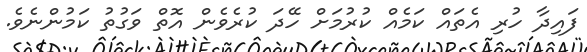
ފައިދާ ހުރި އެތައް ކަމެއް ކުރުމަށް ހޭދަ ކުރެވެން އޮތް ވަގުތު ކަމުންނެވެ.